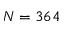
N = 3 6 4